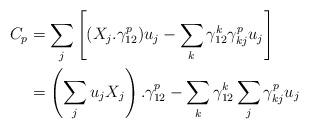
LaTeX: \begin{align*}C_p & = \sum_j \left [(X_j.\gamma_{12}^p) u_j-\sum_k \gamma_{12}^k \gamma_{kj}^p u_j \right ] \\ & = \left (\sum_j u_j X_j \right ).\gamma_{12}^p - \sum_k \gamma_{12}^k \sum_j \gamma_{kj}^p u_j\end{align*}